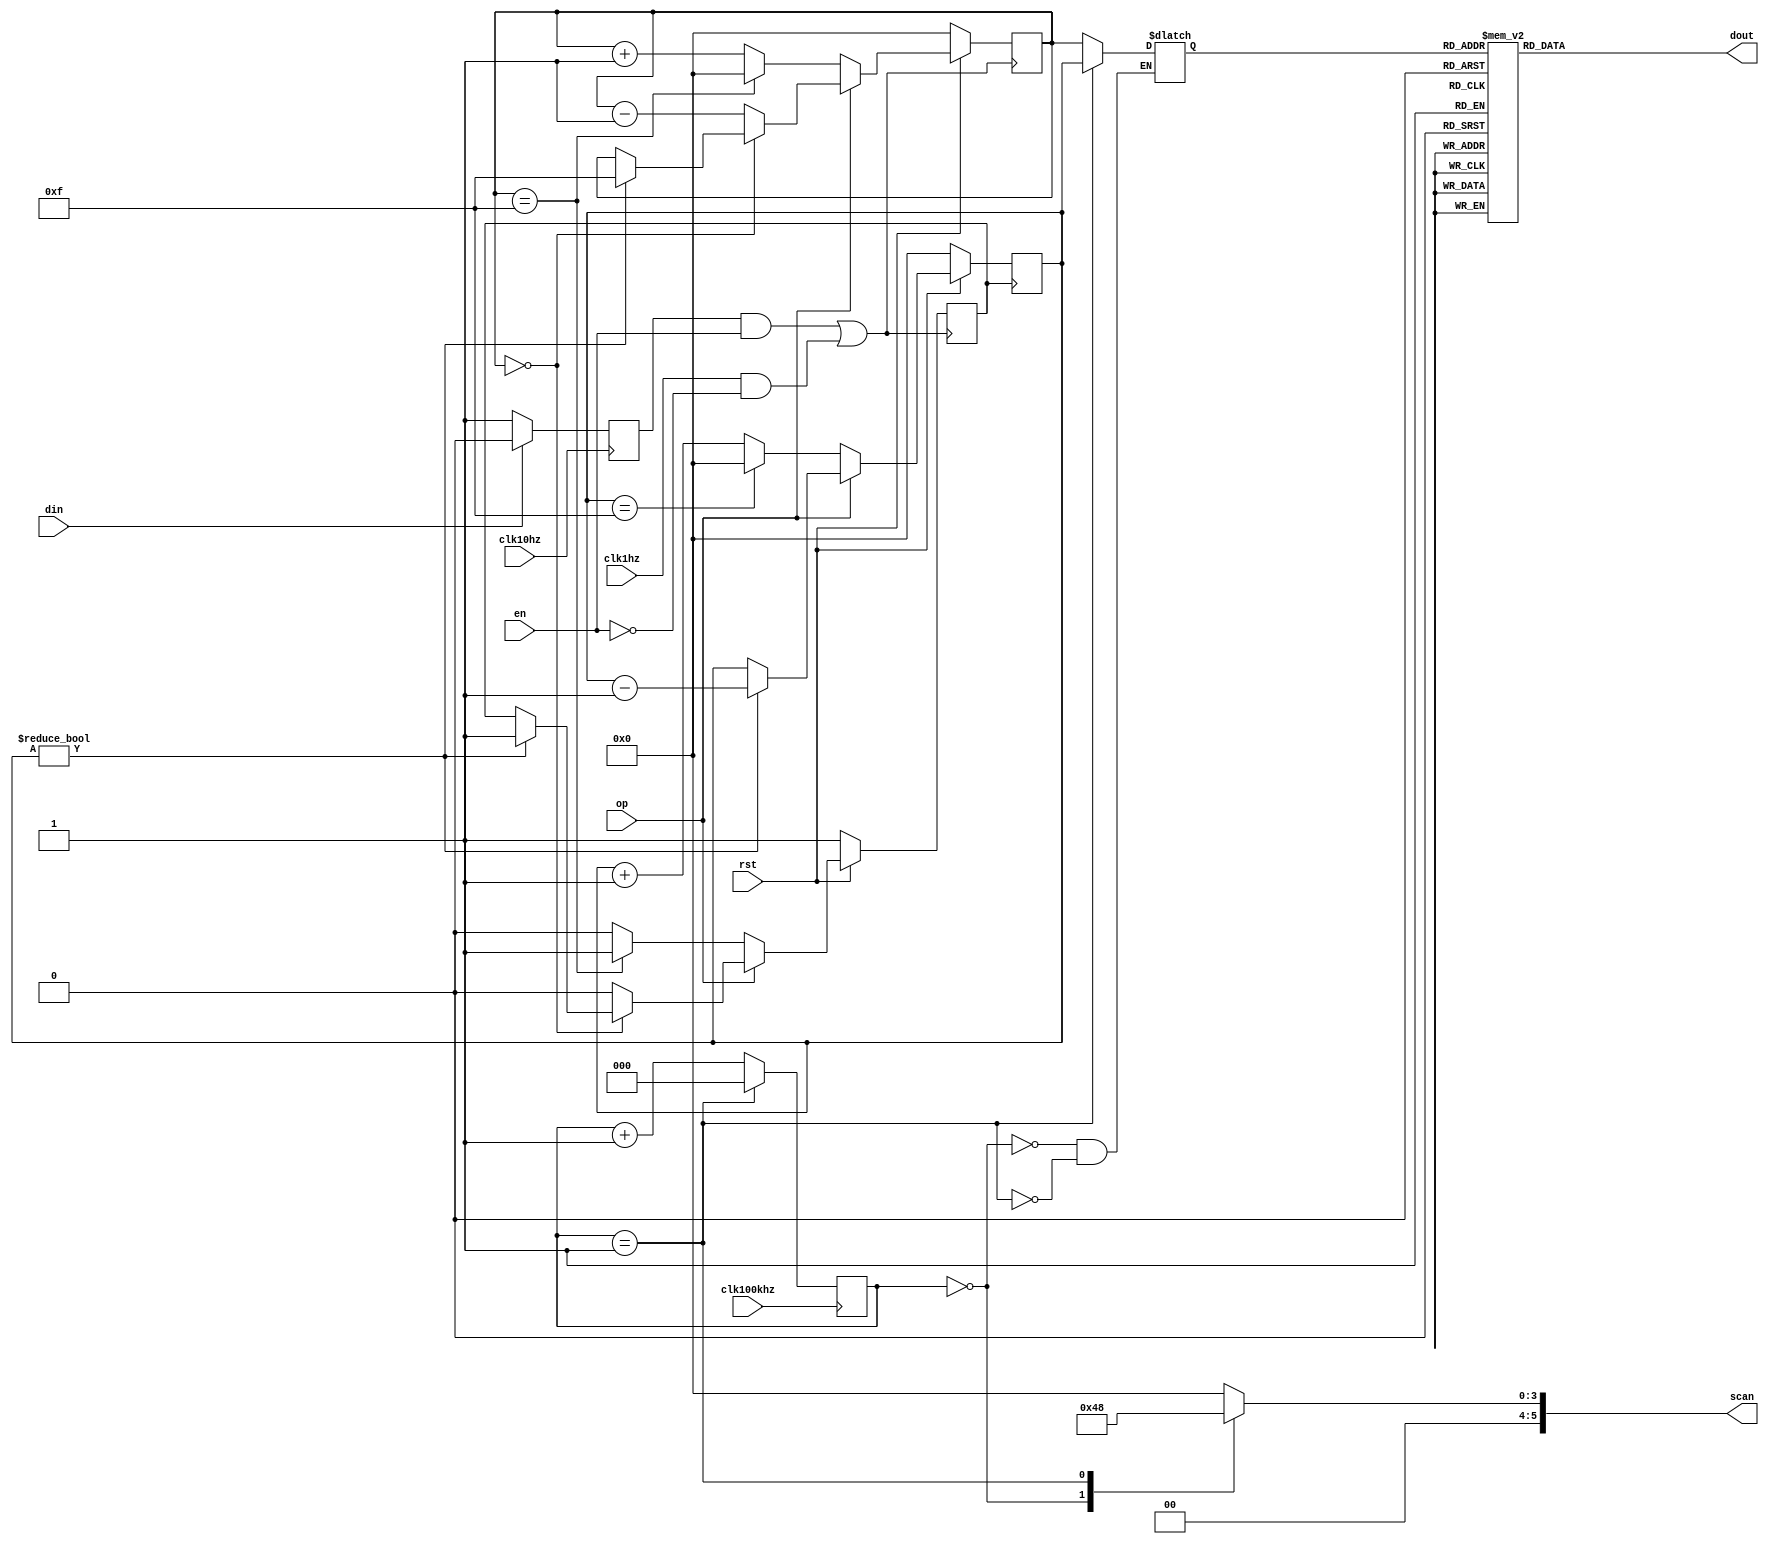
module cnt16(clk100khz,clk1hz,clk10hz,rst,en,din,op,scan,dout);
input rst;
input en;
input din;
input op;
input clk100khz,clk1hz,clk10hz;
output[7:0] dout;
output[5:0] scan;
reg[7:0] dout;
reg[5:0] scan;
reg f1,f2,c;
reg[2:0] cnt;
reg[3:0] dat;
reg[3:0] data1;
reg[3:0] data2;

always@(posedge clk10hz)
	begin if(!din)	c<=1;
		else c<=0;
	end
	
always@(din or clk1hz)
	begin	f1<=(c & en) | (clk1hz & (~en));end
	
always@(posedge f1)
	if(!rst)
		begin
			data1<=0;f2<=1;
		end
	else if(!op)
		begin
			if(data1==15)
				begin
					data1<=0;f2<=1;
				end
			else
				begin
					data1<=data1+1;f2<=0;
				end
		end
	else
		begin
			if(data1==0)
				begin
					if(data2!=0)
						begin
							data1<=15;f2<=1;
						end
				end
			else
				begin
					data1<=data1-1;f2<=0;
				end
		end
	
always@(posedge f2)
	if(!rst) 
		begin data2<=0;end
	else if(!op)
		begin
			if(data2==15)
				begin	data2<=0; end
			else
				begin data2<=data2+1; end
		end
	else
		begin
			if(data2!=0)
				begin
					data2<=data2-1;
			end
		end
		
	always@(posedge clk100khz)
		begin
			if(cnt==3'b001)
				begin cnt<=0;end
			else
				begin cnt<=cnt+1;end
			end
			
	always@(cnt,data1,data2)
		begin
			case(cnt)
				3'b000:begin scan<=6'b00100;dat<=data1;end
				3'b001:begin scan<=6'b01000;dat<=data2;end
				default:begin scan<=6'b00000;end
			endcase
		end
		
	always@(dat)
		begin
			case(dat)
				4'b0000:dout[7:0]<=8'b00111111;
				4'b0001:dout[7:0]<=8'b00000110;
				4'b0010:dout[7:0]<=8'b01011011;
				4'b0011:dout[7:0]<=8'b01001111;
				4'b0100:dout[7:0]<=8'b01100110;
				4'b0101:dout[7:0]<=8'b01101101;
				4'b0110:dout[7:0]<=8'b01111101;
				4'b0111:dout[7:0]<=8'b00000111;
				4'b1000:dout[7:0]<=8'b01111111;
				4'b1001:dout[7:0]<=8'b01101111;
				4'b1010:dout[7:0]<=8'b01110111;
				4'b1011:dout[7:0]<=8'b01111100;
				4'b1100:dout[7:0]<=8'b00111001;
				4'b1101:dout[7:0]<=8'b01011110;
				4'b1110:dout[7:0]<=8'b01111001;
				4'b1111:dout[7:0]<=8'b01110001;
				default:dout[7:0]<=8'b00000000;
			endcase
		end
	endmodule